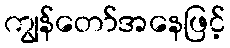
ကျွန်တော်အနေဖြင့်